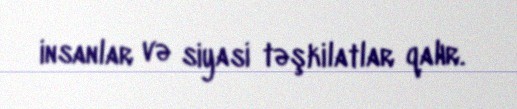
insanlar və siyasi təşkilatlar qalır.